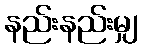
နည်းနည်းမျှ